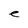
Character: e